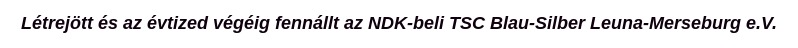
Létrejött és az évtized végéig fennállt az NDK-beli TSC Blau-Silber Leuna-Merseburg e.V.